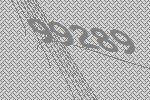
99289